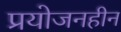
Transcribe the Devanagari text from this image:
प्रयोजनहीन